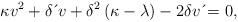
\begin{align*}\kappa v^{2}+\delta \,\acute{}\,v+\delta^{2}\left( \kappa-\lambda \right) -2\delta v\,\acute{}=0, \end{align*}